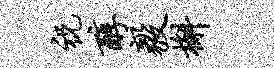
祝醇毅槲